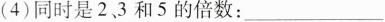
(4)同时是2、3和5的倍数：___